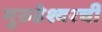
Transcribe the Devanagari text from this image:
मुरुडेश्वरची